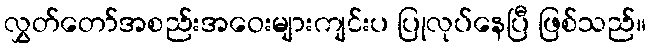
လွှတ်တော်အစည်းအဝေးများကျင်းပ ပြုလုပ်နေပြီ ဖြစ်သည်။